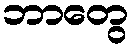
ဘာတွေ